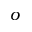
o